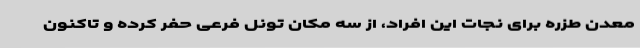
معدن طزره برای نجات این افراد، از سه مکان تونل فرعی حفر کرده و تاکنون